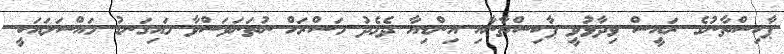
ޕާކިސްތާނުގެ ރައީސް ވިދާޅުވީ ޕާކިސްތާނާއި އިންޑިއާ ދެމެދު މަސްރަހް ނުތަނަވަސްވާ މައިގަނޑު މައްސަލައަކީ